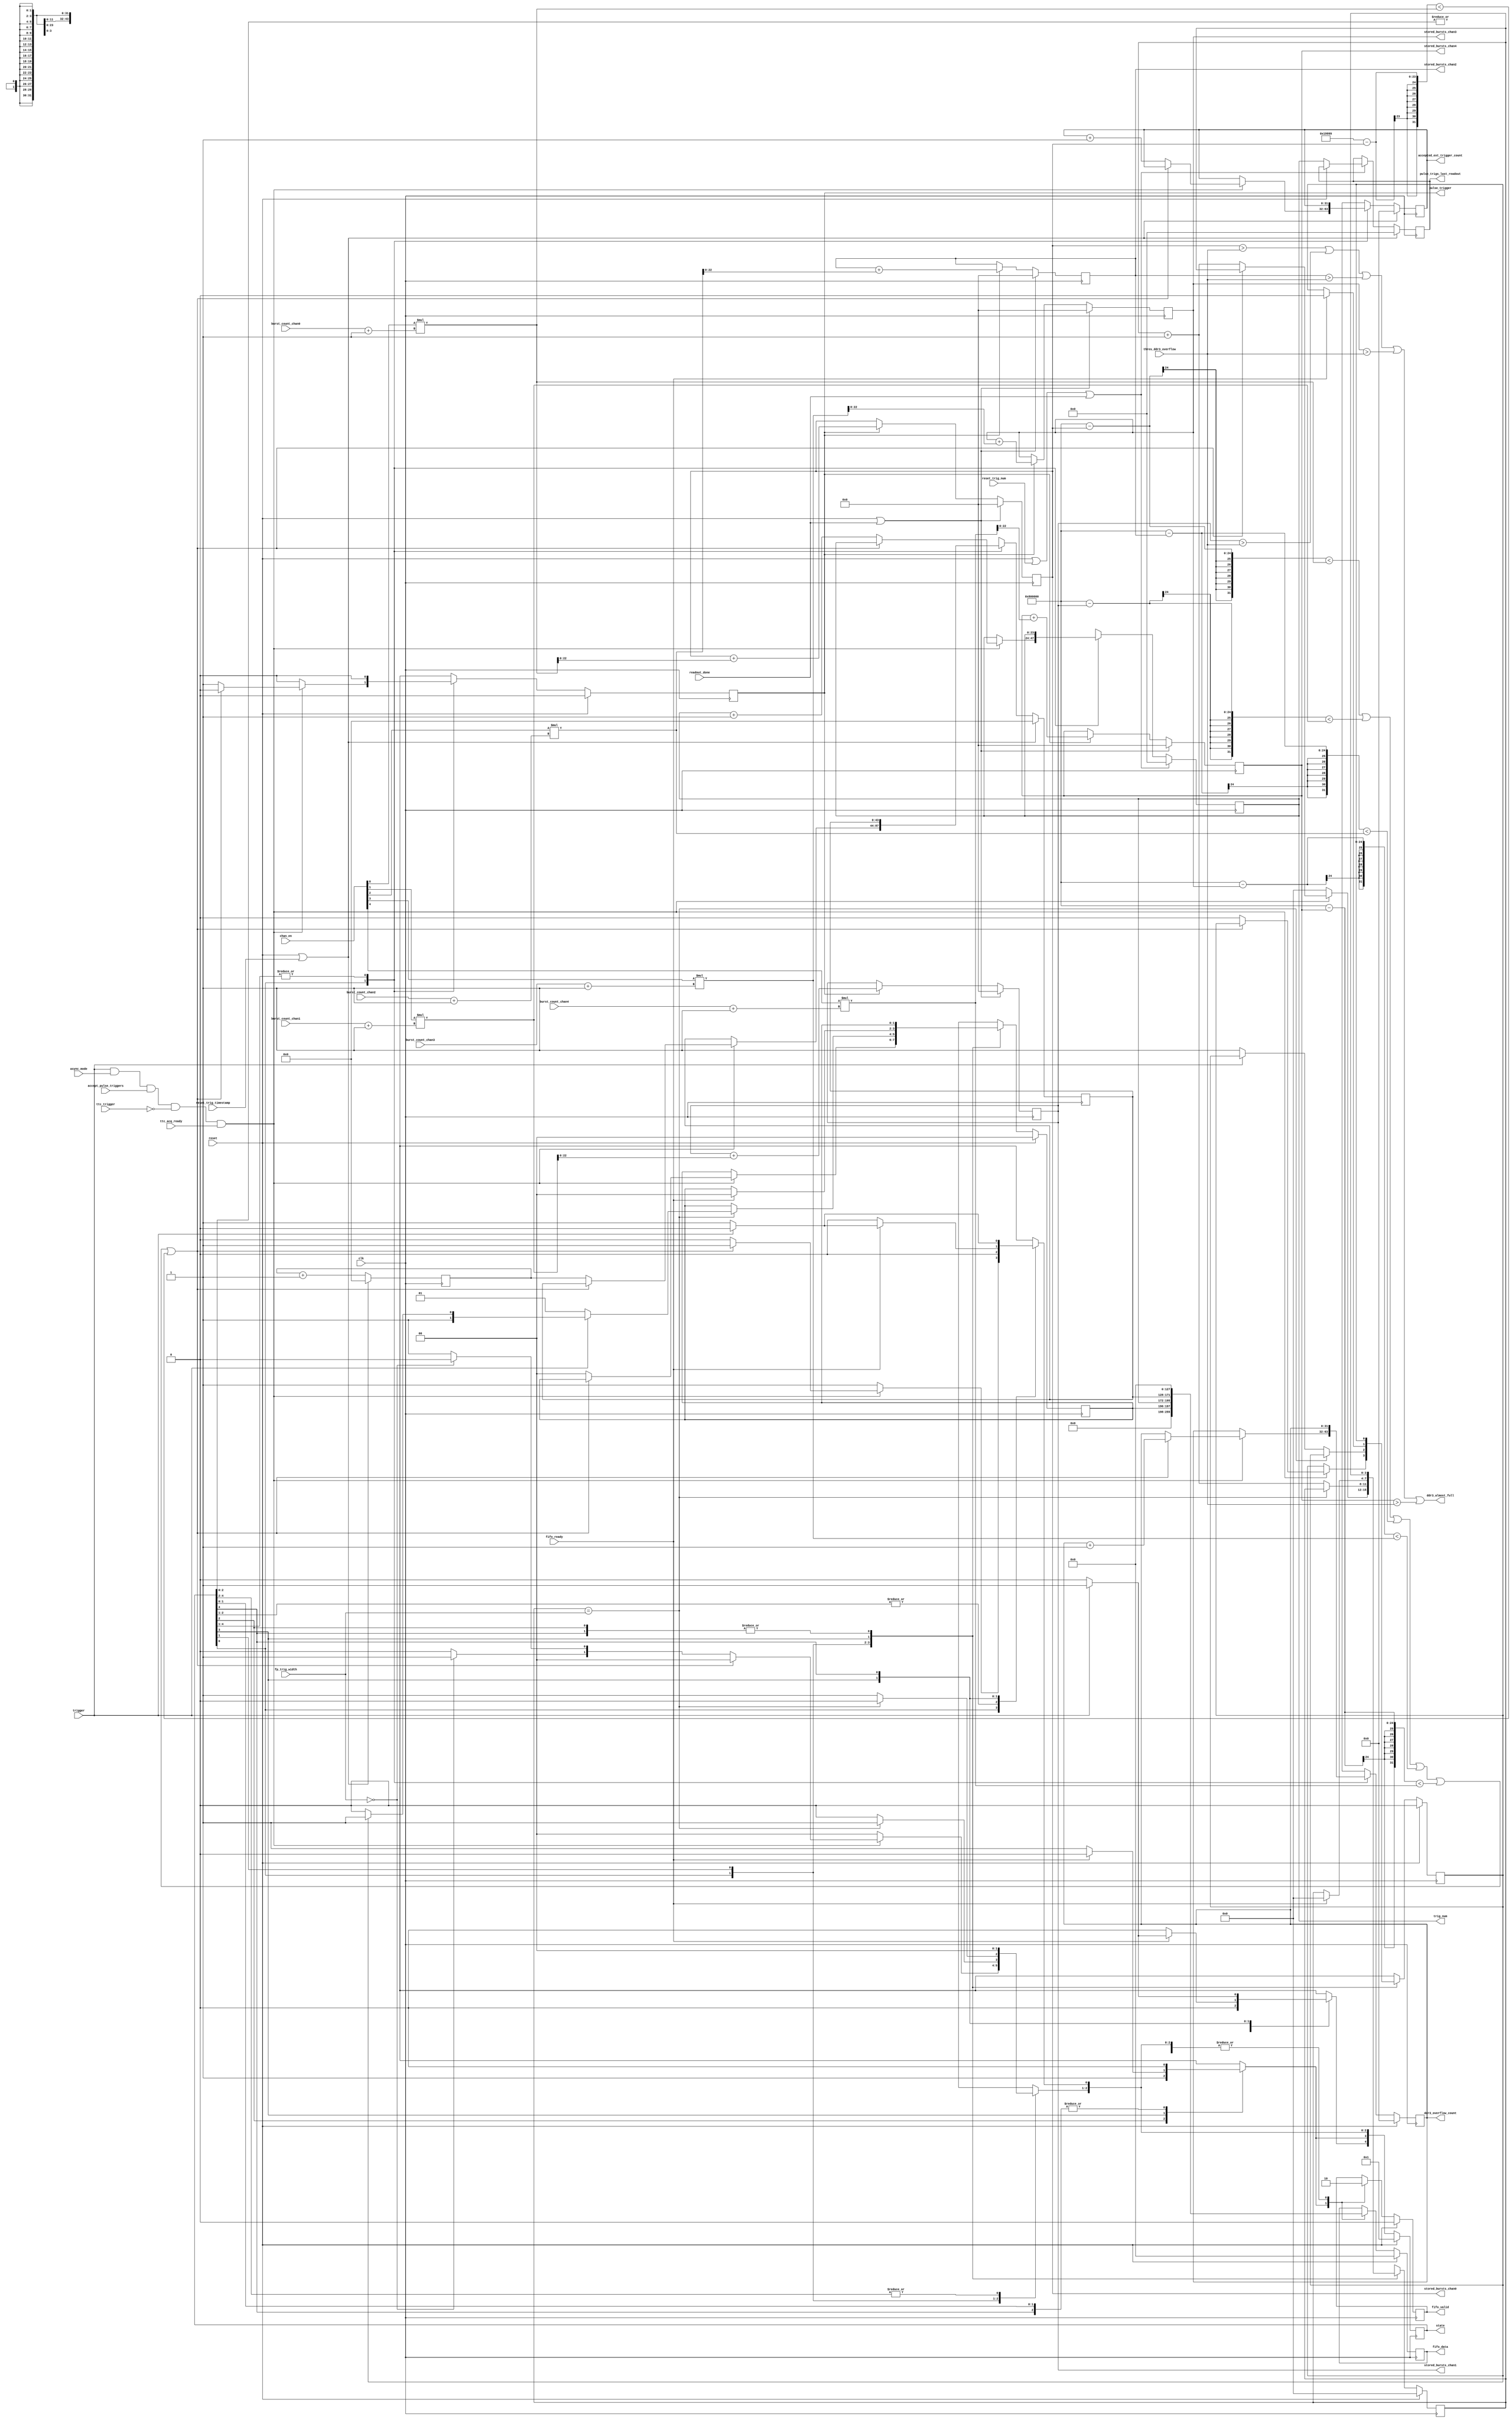
// Finite state machine to handle incoming front panel triggers

// Asynchronous mode

module pulse_trigger_receiver (
  // clock and reset
  input wire clk,   // 40 MHz TTC clock
  input wire reset,

  // TTC Channel B resets
  input wire reset_trig_num,
  input wire reset_trig_timestamp,

  // trigger interface
  input wire trigger,                    // front panel trigger signal
  input wire [22:0] thres_ddr3_overflow, // DDR3 overflow threshold
  input wire [ 4:0] chan_en,             // enabled channels
  input wire [ 3:0] fp_trig_width,       // width to separate short from long front panel triggers
  input wire ttc_trigger,                // backplane trigger signal
  input wire ttc_acq_ready,              // channels are ready to acquire/readout data
  output reg pulse_trigger,              // channel trigger signal
  output reg [23:0] trig_num,            // global trigger number
  output reg [31:0] accepted_ext_trigger_count, // cumulative # of pulse triggers this run
  output reg [23:0] pulse_trigs_last_readout,   // # of pulse triggers during last readout
  //output reg [31:0] ext_pulse_delta_t,    // latched time between triggers in this processor

  // interface to Pulse Trigger FIFO
  input wire fifo_ready,
  output reg fifo_valid,
  output reg [127:0] fifo_data,

  // command manager interface
  input wire readout_done, // a readout has completed

  // set burst count for each channel
  input wire [22:0] burst_count_chan0,
  input wire [22:0] burst_count_chan1,
  input wire [22:0] burst_count_chan2,
  input wire [22:0] burst_count_chan3,
  input wire [22:0] burst_count_chan4,

  // number of bursts stored in the DDR3
  output reg [22:0] stored_bursts_chan0,
  output reg [22:0] stored_bursts_chan1,
  output reg [22:0] stored_bursts_chan2,
  output reg [22:0] stored_bursts_chan3,
  output reg [22:0] stored_bursts_chan4,

  // status connections
  input wire accept_pulse_triggers, // accept front panel triggers select
  input wire async_mode,            // asynchronous mode select
  output reg [4:0] state,           // state of finite state machine

  // error connections
  output reg [31:0] ddr3_overflow_count, // number of triggers received that would overflow DDR3
  output wire ddr3_almost_full          // DDR3 overflow warning, combined for all channels
);

  // state bits, with one-hot encoding
  parameter IDLE            = 0;
  parameter WAIT            = 1;
  parameter READY_TRIG_INFO = 2;
  parameter STORE_TRIG_INFO = 3;
  parameter REARM           = 4;


  reg trig_went_lo;              // trigger went low before final check
  reg [43:0] trig_timestamp;     // global trigger timestamp
  reg [ 3:0] wait_cnt;           // wait state count (for monitoring the trigger width)
  reg [ 1:0] trig_length;        // short or long trigger type
  reg [43:0] trig_timestamp_cnt; // clock cycle count
  //reg [31:0] delta_t_counter;    // track the time between triggers

  // mux overflow warnings for all channels
  assign ddr3_almost_full = (stored_bursts_chan0[22:0] > thres_ddr3_overflow[22:0]) |
                            (stored_bursts_chan1[22:0] > thres_ddr3_overflow[22:0]) |
                            (stored_bursts_chan2[22:0] > thres_ddr3_overflow[22:0]) |
                            (stored_bursts_chan3[22:0] > thres_ddr3_overflow[22:0]) |
                            (stored_bursts_chan4[22:0] > thres_ddr3_overflow[22:0]);

  // DDR3 is full in a channel
  wire ddr3_full;
  assign ddr3_full = ((8388608 - stored_bursts_chan0[22:0]) < chan_en[0]*(burst_count_chan0[22:0] + 1)) |
                     ((8388608 - stored_bursts_chan1[22:0]) < chan_en[1]*(burst_count_chan1[22:0] + 1)) |
                     ((8388608 - stored_bursts_chan2[22:0]) < chan_en[2]*(burst_count_chan2[22:0] + 1)) |
                     ((8388608 - stored_bursts_chan3[22:0]) < chan_en[3]*(burst_count_chan3[22:0] + 1)) |
                     ((8388608 - stored_bursts_chan4[22:0]) < chan_en[4]*(burst_count_chan4[22:0] + 1));

  // "full" in asynchronous mode is limited by the AMC13 event size of 2^20 64-bit words
  // for now, assume all channels read with identical parameters and with every trigger.
  // then the total allowed 64 bit word size of 1048576 must be reduced by 5 (# channels) and further
  // reduced by 2 to account for 2 64 words in each burst of 8 adc words -- so 104857 bursts
  // This can be compared to one channel's storage
  wire amc13_payload_full;
  assign amc13_payload_full = ((104857 - stored_bursts_chan0[22:0]) < chan_en[0]*(burst_count_chan0[22:0] + 1));
  
  //reg amc13_payload_full;
  //reg [22:0] check_event_size;
  //always @* begin
  //   check_event_size = stored_bursts_chan0[22:0]*2 + chan_en[0]*((burst_count_chan0[22:0]+1)*2 + 5) +
  //                      stored_bursts_chan1[22:0]*2 + chan_en[1]*((burst_count_chan1[22:0]+1)*2 + 5) +
  //                      stored_bursts_chan2[22:0]*2 + chan_en[2]*((burst_count_chan2[22:0]+1)*2 + 5) +
  //                      stored_bursts_chan3[22:0]*2 + chan_en[3]*((burst_count_chan3[22:0]+1)*2 + 5) +
  //                      stored_bursts_chan4[22:0]*2 + chan_en[4]*((burst_count_chan4[22:0]+1)*2 + 5) + 4;
  //   amc13_payload_full = 1048576 < check_event_size;
  //end

  reg next_pulse_trigger;
  reg next_trig_went_lo;
  reg [ 4:0] nextstate;
  reg [ 3:0] next_wait_cnt;
  reg [ 1:0] next_trig_length;
  reg [23:0] next_trig_num;
  reg [31:0] next_accepted_ext_trigger_count;
  reg [23:0] next_pulse_trigs_last_readout;
  reg [43:0] next_trig_timestamp;
  reg [31:0] next_ddr3_overflow_count;
  //reg [31:0] next_ext_pulse_delta_t;
  //reg [31:0] next_delta_t_counter;
  


  // combinational always block
  always @* begin
    nextstate = 5'd0;

    next_trig_went_lo                     = trig_went_lo;
    next_wait_cnt                  [ 3:0] = wait_cnt           [ 3:0];
    next_trig_length               [ 1:0] = trig_length        [ 1:0];
    next_trig_num                  [23:0] = trig_num           [23:0];
    next_accepted_ext_trigger_count[31:0] = accepted_ext_trigger_count[31:0];
    next_pulse_trigs_last_readout  [23:0] = pulse_trigs_last_readout  [23:0];
    next_trig_timestamp            [43:0] = trig_timestamp     [43:0];
    next_ddr3_overflow_count       [31:0] = ddr3_overflow_count[31:0];
    //next_ext_pulse_delta_t       [31:0] = ext_pulse_delta_t  [31:0];
    //next_delta_t_counter         [31:0] = delta_t_counter    [31:0];
    next_pulse_trigger = 1'b0; // default

    case (1'b1) // synopsys parallel_case full_case
      // idle state
      state[IDLE] : begin
        if (trigger & async_mode & accept_pulse_triggers & ~ttc_trigger & ttc_acq_ready) begin
          //next_ext_pulse_delta_t[31:0] = delta_t_counter[31:0];
          //next_delta_t_counter  [31:0] = 32'd0;
          // this trigger would overwrite valid data in DDR3, ignore this trigger
          if (ddr3_full | amc13_payload_full) begin
            next_ddr3_overflow_count[31:0] = ddr3_overflow_count[31:0] + 1; // increment overflow error counter

            nextstate[IDLE] = 1'b1;
          end
          // pass along the trigger to channels
          else begin
            next_pulse_trigger        = 1'b1;                     // pass on the trigger
            next_trig_went_lo         = 1'b0;                     // clear
            next_trig_length   [ 1:0] = 2'd0;                     // clear
            next_trig_num      [23:0] = trig_num[23:0] + 1;       // increment trigger counter, starts at zero
            next_accepted_ext_trigger_count[31:0] = accepted_ext_trigger_count[31:0] + 1;
            next_trig_timestamp[43:0] = trig_timestamp_cnt[43:0]; // latch trigger timestamp counter
            next_wait_cnt      [ 3:0] = wait_cnt[3:0] + 1;

            if (fp_trig_width[3:0] == 4'h0) // trigger monitoring disabled
              nextstate[READY_TRIG_INFO] = 1'b1;
            else
              nextstate[WAIT] = 1'b1;
          end
        end
        else begin
          next_wait_cnt[3:0] = 4'h0; // clear
          //next_delta_t_counter[31:0] = delta_t_counter[31:0] + 1;
          nextstate[IDLE] = 1'b1;
        end
      end
      // finish monitoring the trigger level to determine if it's short or long
      state[WAIT] : begin
        //next_delta_t_counter[31:0] = delta_t_counter[31:0] + 1;
        // wait period is over
        if (wait_cnt[3:0] == fp_trig_width[3:0]) begin
          // determine trigger length
          if (trigger) begin
            if (trig_went_lo)
              next_trig_length[1:0] = 2'b11; // mixed
            else
              next_trig_length[1:0] = 2'b10; // long width
          end
          else begin
            next_trig_length[1:0] = 2'b01;   // short width
          end

          // prepare the trigger information for storage
          nextstate[READY_TRIG_INFO] = 1'b1;
        end
        // keep waiting
        else begin
          next_wait_cnt[3:0] = wait_cnt[3:0] + 1;

          if (~trigger) // caught the trigger low during monitoring
            next_trig_went_lo = 1'b1;

          nextstate[WAIT] = 1'b1;
        end
      end
      // prepare trigger information for storage
      state[READY_TRIG_INFO] : begin
        // trigger information is now ready for storage
        nextstate[STORE_TRIG_INFO] = 1'b1;
      end
      // store the trigger information in the FIFO, for the trigger processor
      state[STORE_TRIG_INFO] : begin
        //next_delta_t_counter[31:0] = delta_t_counter[31:0] + 1;
        // FIFO accepted the data word
        if (fifo_ready) begin
          next_trig_went_lo      = 1'b0; // reset trigger monitor flag
          next_wait_cnt   [3:0]  = 4'h0; // reset wait count
          next_trig_length[1:0]  = 2'd0; // reset trigger length

          if (~trigger)
            nextstate[IDLE] = 1'b1;
          else
            nextstate[REARM] = 1'b1;
        end
        // FIFO is not ready for data word
        else begin
          nextstate[STORE_TRIG_INFO] = 1'b1;
        end
      end
      // wait here for input trigger to go low before rearming
      state[REARM] : begin
        if (~trigger)
          nextstate[IDLE] = 1'b1;
        else // continue waiting
          nextstate[REARM] = 1'b1;
      end
    endcase
  end
  

  // sequential always block
  always @(posedge clk) begin
    // reset state machine
    if (reset) begin
      state <= 5'd1 << IDLE;

      wait_cnt           [ 3:0] <=  4'h0;
      trig_length        [ 1:0] <=  2'd0;
      ddr3_overflow_count[31:0] <= 32'd0;

      trig_went_lo      <= 1'b0;
      pulse_trigger     <= 1'b0;
      
      //ext_pulse_delta_t[31:0] <= 32'd0;
      //delta_t_counter  [31:0] <= 32'd0;
    end
    else begin
      state <= nextstate;

      wait_cnt           [ 3:0] <= next_wait_cnt           [ 3:0];
      trig_length        [ 1:0] <= next_trig_length        [ 1:0];
      ddr3_overflow_count[31:0] <= next_ddr3_overflow_count[31:0];

      trig_went_lo      <= next_trig_went_lo;
      pulse_trigger     <= next_pulse_trigger;
      
      //ext_pulse_delta_t[31:0] <= next_ext_pulse_delta_t[31:0];
      //delta_t_counter  [31:0] <= next_delta_t_counter  [31:0];
    end

    // reset trigger number
    if (reset | reset_trig_num | readout_done) begin
      trig_num[23:0] <= 24'd0;
      if (!reset) pulse_trigs_last_readout[23:0] <= trig_num[23:0];
    end
    else begin
      trig_num[23:0] <= next_trig_num[23:0];
      pulse_trigs_last_readout[23:0] <= next_pulse_trigs_last_readout[23:0];
    end
    
    // reset trigger timestamp and counter.  Also reset the cumulative front panel trigger counter
    if (reset | reset_trig_timestamp) begin
      trig_timestamp    [43:0] <= 44'd0;
      trig_timestamp_cnt[43:0] <= 44'd0;
      accepted_ext_trigger_count[31:0] <= 32'd0;
      pulse_trigs_last_readout[23:0] <= 24'd0;
    end
    else begin
      trig_timestamp    [43:0] <= next_trig_timestamp[43:0];
      trig_timestamp_cnt[43:0] <= trig_timestamp_cnt [43:0] + 1;
      accepted_ext_trigger_count[31:0] <= next_accepted_ext_trigger_count[31:0];
    end

    // reset stored bursts
    if (reset | readout_done) begin
      stored_bursts_chan0[22:0] <= 23'd0;
      stored_bursts_chan1[22:0] <= 23'd0;
      stored_bursts_chan2[22:0] <= 23'd0;
      stored_bursts_chan3[22:0] <= 23'd0;
      stored_bursts_chan4[22:0] <= 23'd0;
    end
    else if (pulse_trigger) begin
      stored_bursts_chan0[22:0] <= stored_bursts_chan0[22:0] + chan_en[0]*(burst_count_chan0[22:0] + 1);
      stored_bursts_chan1[22:0] <= stored_bursts_chan1[22:0] + chan_en[1]*(burst_count_chan1[22:0] + 1);
      stored_bursts_chan2[22:0] <= stored_bursts_chan2[22:0] + chan_en[2]*(burst_count_chan2[22:0] + 1);
      stored_bursts_chan3[22:0] <= stored_bursts_chan3[22:0] + chan_en[3]*(burst_count_chan3[22:0] + 1);
      stored_bursts_chan4[22:0] <= stored_bursts_chan4[22:0] + chan_en[4]*(burst_count_chan4[22:0] + 1);
    end
  end
  

  // datapath sequential always block
  always @(posedge clk) begin
    if (reset) begin
      fifo_valid       <=   1'b0;
      fifo_data[127:0] <= 128'd0;
    end
    else begin
      case (1'b1) // synopsys parallel_case full_case
        nextstate[IDLE] : begin
          fifo_valid       <=   1'b0;
          fifo_data[127:0] <= 128'd0;
        end
        nextstate[WAIT] : begin
          fifo_valid       <=   1'b0;
          fifo_data[127:0] <= 128'd0;
        end
        nextstate[READY_TRIG_INFO] : begin
          fifo_valid       <=   1'b0;
          fifo_data[127:0] <= 128'd0;
        end
        nextstate[STORE_TRIG_INFO] : begin
          fifo_valid       <= 1'b1;
          fifo_data[127:0] <= {58'd0, trig_length[1:0], trig_num[23:0], trig_timestamp[43:0]};
        end
        nextstate[REARM] : begin
          fifo_valid       <=   1'b0;
          fifo_data[127:0] <= 128'd0;
        end
      endcase
    end
  end

endmodule